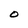
Character: O